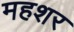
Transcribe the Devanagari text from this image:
महशर